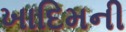
ખાદિમની